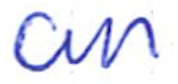
Text: an
Cross-out: clean
Writing tool: ballpoint